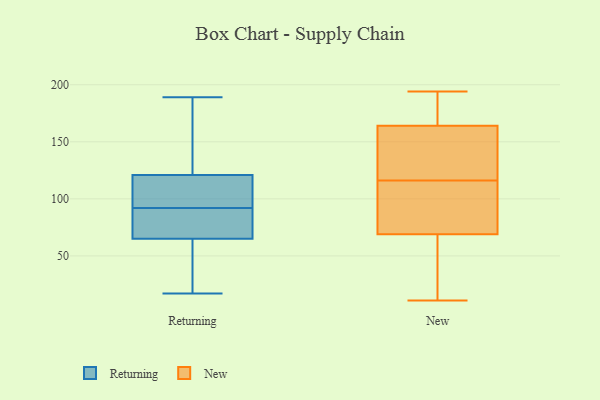
{"axis": {"x": "Budget (USD K)", "y": "Value"}, "legend": ["New", "Returning"], "data": [{"x": "", "y": 134, "type": "Returning"}, {"x": "", "y": 115, "type": "Returning"}, {"x": "", "y": 76, "type": "Returning"}, {"x": "", "y": 17, "type": "Returning"}, {"x": "", "y": 121, "type": "Returning"}, {"x": "", "y": 33, "type": "Returning"}, {"x": "", "y": 153, "type": "Returning"}, {"x": "", "y": 189, "type": "Returning"}, {"x": "", "y": 76, "type": "Returning"}, {"x": "", "y": 65, "type": "Returning"}, {"x": "", "y": 97, "type": "Returning"}, {"x": "", "y": 54, "type": "Returning"}, {"x": "", "y": 104, "type": "Returning"}, {"x": "", "y": 87, "type": "Returning"}, {"x": "", "y": 164, "type": "New"}, {"x": "", "y": 42, "type": "New"}, {"x": "", "y": 129, "type": "New"}, {"x": "", "y": 176, "type": "New"}, {"x": "", "y": 69, "type": "New"}, {"x": "", "y": 78, "type": "New"}, {"x": "", "y": 194, "type": "New"}, {"x": "", "y": 76, "type": "New"}, {"x": "", "y": 180, "type": "New"}, {"x": "", "y": 162, "type": "New"}, {"x": "", "y": 38, "type": "New"}, {"x": "", "y": 33, "type": "New"}, {"x": "", "y": 103, "type": "New"}, {"x": "", "y": 11, "type": "New"}, {"x": "", "y": 149, "type": "New"}, {"x": "", "y": 88, "type": "New"}, {"x": "", "y": 135, "type": "New"}, {"x": "", "y": 166, "type": "New"}]}